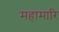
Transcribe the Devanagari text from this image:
महामारि